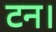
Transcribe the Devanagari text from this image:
टन।